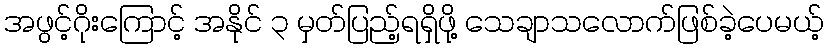
အဖွင့်ဂိုးကြောင့် အနိုင် ၃ မှတ်ပြည့်ရရှိဖို့ သေချာသလောက်ဖြစ်ခဲ့ပေမယ့်